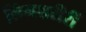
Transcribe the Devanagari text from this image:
लिंगशरीरीं